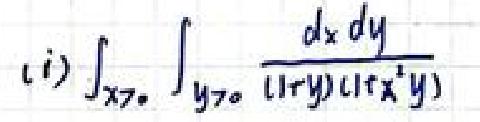
(i) \(\int_{x > 0}\int_{y>0}\frac{dxdy}{(1 + y)(1 + x^{2}y)}\)